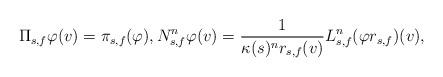
LaTeX: \begin{align*}\Pi_{s,f} \varphi(v) = \pi_{s,f}(\varphi), N^n_{s,f} \varphi(v) = \frac{1}{\kappa(s)^n r_{s,f}(v)} L_{s,f}^n(\varphi r_{s,f})(v), \end{align*}